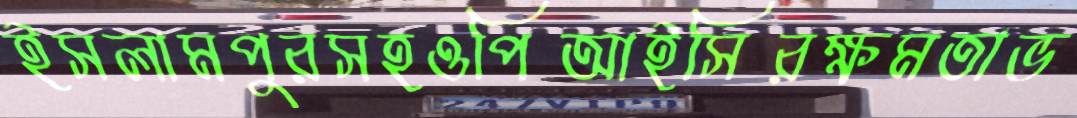
ইসলামপুরসহওপিআইসিরক্ষমতাভ